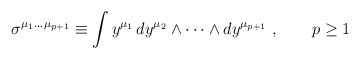
\begin{align*}\sigma^{\mu_1\dots\mu_{p+1}}\equiv \int y^{\mu_1}\, dy^{\mu_2}\wedge\dots\wedge dy^{\mu_{p+1}}\ ,\qquad p\ge 1\end{align*}